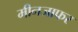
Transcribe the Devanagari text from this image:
मीनजाफर